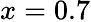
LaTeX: x=0.7